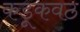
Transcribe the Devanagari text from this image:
कडूकवठ